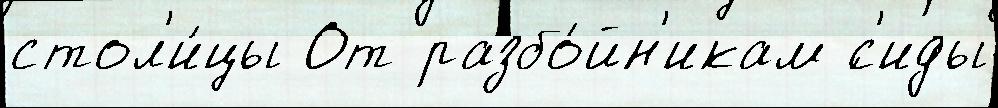
стол'и́цы От разбо́йн'икам ́с'иды